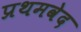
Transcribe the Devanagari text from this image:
प्रथमवेद